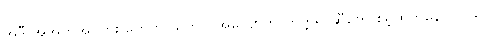
အဲဒီ အအက်အကြား တွေက သဘာဝအလျောက် ကတ္တရာဆီတွေ စိမ့်ထွက်နေပါတယ်။